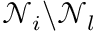
\mathcal N _ { i } \backslash \mathcal N _ { l }